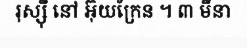
រុស្ស៊ី នៅ អ៊ុយក្រែន ។ ៣ មីនា